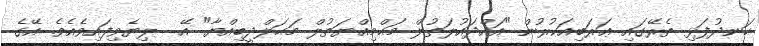
ހަނދުފަޅި ތެރޭގައި ޢަރަބިއަކުރުން "އައްދައުލަތުލް މަޙްމިއްޔަތުލް މަޙަލްދީބިއްޔާ" އޭ  ލިޔެވިފައިވެއެވެ. އޭގެ